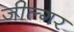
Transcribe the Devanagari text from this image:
जील्‍गर